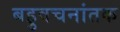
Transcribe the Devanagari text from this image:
बहुवचनांतक